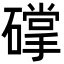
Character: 礃